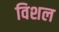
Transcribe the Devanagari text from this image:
विशल